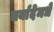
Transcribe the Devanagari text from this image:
मर्यादेमधे